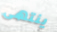
ينتهى